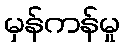
မှန်ကန်မှု